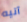
آتيه